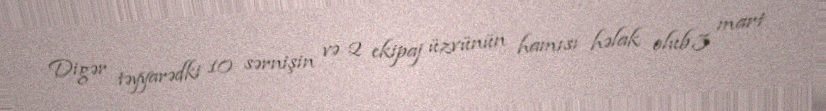
Digər təyyarədki 10 sərnişin və 2 ekipaj üzvünün hamısı həlak olub.3 mart